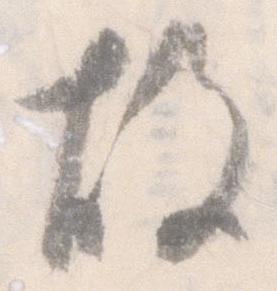
故